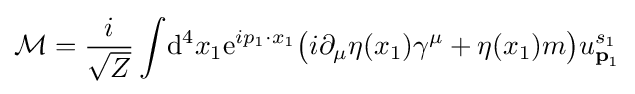
{\mathcal {M}}={\frac {i}{\sqrt {Z}}}\int \!\mathrm {d} ^{4}x_{1}\mathrm {e} ^{ip_{1}\cdot x_{1}}{\big (}i\partial _{\mu }\eta (x_{1})\gamma ^{\mu }+\eta (x_{1})m{\big )}u_{{\textbf {p}}_{1}}^{s_{1}}